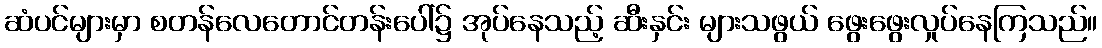
ဆံပင်များမှာ စတန်လေတောင်တန်းပေါ်၌ အုပ်နေသည့် ဆီးနှင်း များသဖွယ် ဖွေးဖွေးလှုပ်နေကြသည်။